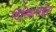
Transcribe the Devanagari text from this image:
दिस्त्रिताईस